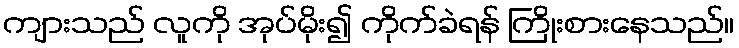
ကျားသည် လူကို အုပ်မိုး၍ ကိုက်ခဲရန် ကြိုးစားနေသည်။